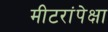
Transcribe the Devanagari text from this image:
मीटरांपेक्षा